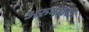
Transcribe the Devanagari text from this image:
अरुनघटा